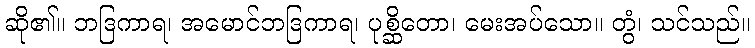
ဆို၏။ ဘဒြကာရ၊ အမောင်ဘဒြကာရ၊ ပုစ္ဆိတော၊ မေးအပ်သော။ တွံ၊ သင်သည်။